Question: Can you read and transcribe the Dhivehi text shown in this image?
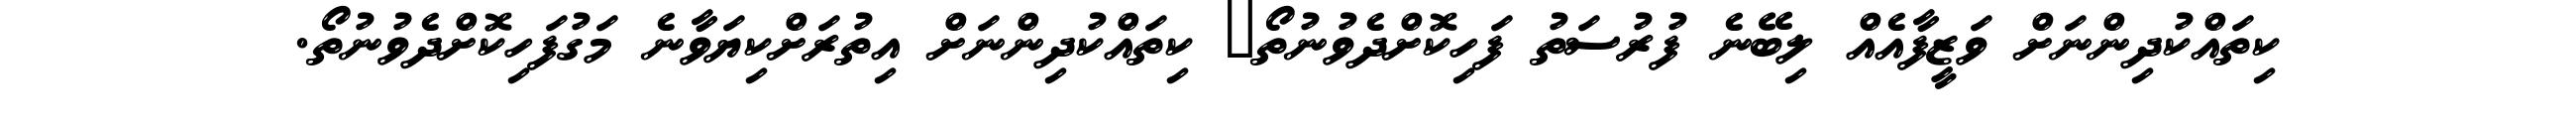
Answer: ކިތައްކުދިންނަށް ވަޒީފާއެއް ލިބޭނެ ފުރުސަތު ފަހިކޮށްދެވުނުތޯ? ކިތައްކުދިންނަށް އިތުރަށްކިޔަވާނެ މަގުފަހިކޮށްދެވުނުތޯ.